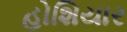
હોશિયાર